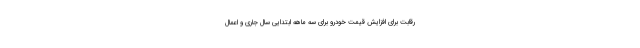
رقابت برای افزایش قیمت خودرو برای سه ماهه ابتدایی سال جاری و اعمال